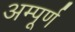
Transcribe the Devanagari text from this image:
अम्पूर्ण